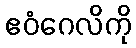
ဧဝံဂေလိကို